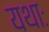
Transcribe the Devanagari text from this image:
यथाः